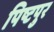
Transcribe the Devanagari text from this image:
पिष्टपुर